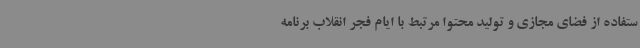
ستفاده از فضای مجازی و تولید محتوا مرتبط با ایام فجر انقلاب برنامه